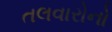
તલવારોનો